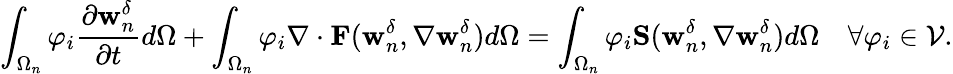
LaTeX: \int_{\Omega_{n}}\varphi_{i}\frac{\partial{\textbf{w}_{n}^{\delta}}}{\partial{t}}d\Omega+\int_{\Omega_{n}}\varphi_{i}\nabla\cdot\textbf{F}(\textbf{w}_{n}^{\delta},\nabla\textbf{w}_{n}^{\delta})d\Omega=\int_{\Omega_{n}}\varphi_{i}\textbf{S}(\textbf{w}_{n}^{\delta},\nabla\textbf{w}_{n}^{\delta})d\Omega\quad\forall\varphi_{i}\in\mathcal{V}.